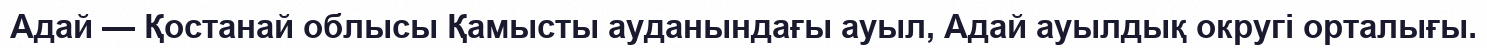
Адай — Қостанай облысы Қамысты ауданындағы ауыл, Адай ауылдық округі орталығы.